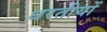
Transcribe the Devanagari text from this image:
धरतीयों